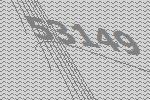
53149